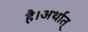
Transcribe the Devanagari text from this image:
है।अर्थात्